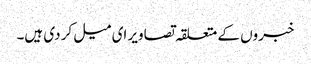
خبروں کے متعلقہ تصاویر ای میل کر دی ہیں۔